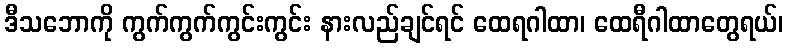
ဒီသဘောကို ကွက်ကွက်ကွင်းကွင်း နားလည်ချင်ရင် ထေရဂါထာ၊ ထေရီဂါထာတွေရယ်၊